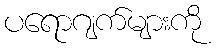
ပရောဂျက်များကို